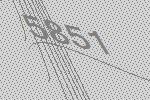
5851